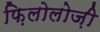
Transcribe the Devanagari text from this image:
फ़िलोलोज़ी